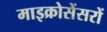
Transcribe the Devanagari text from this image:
माइक्रोसेंसरों